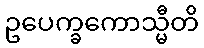
ဥပေက္ခကောသ္မီတိ